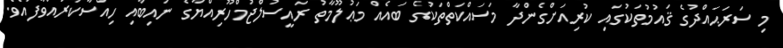
މި ސަރަޙައްދުގެ ޤައުމުތަކުގައި ކުރިއަށްގެންދާ މަސައްކަތްތަކުގެ ބައެއް މަޢުލޫމާތު ރައީސުލްޖުމްހޫރިއްޔާގެ ނައިބާއި ހިއްސާކުރައްވާފައެވެ.